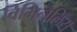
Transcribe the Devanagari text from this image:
विमिनैलिस